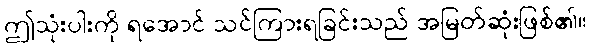
ဤသုံးပါးကို ရအောင် သင်ကြားရခြင်းသည် အမြတ်ဆုံးဖြစ်၏။